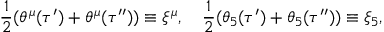
\frac 1 2 ( \theta ^ { \mu } ( \tau ^ { \prime } ) + \theta ^ { \mu } ( \tau ^ { \prime \prime } ) ) \equiv \xi ^ { \mu } , \quad \frac 1 2 ( \theta _ { 5 } ( \tau ^ { \prime } ) + \theta _ { 5 } ( \tau ^ { \prime \prime } ) ) \equiv \xi _ { 5 } ,